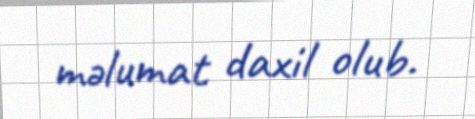
məlumat daxil olub.